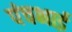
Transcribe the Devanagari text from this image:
पंचभाई